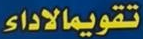
تقويمالاداء